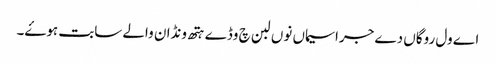
اے ول روگاں دے جراسیماں نوں لبن چ وڈے ہتھ ونڈان والے سابت ہوۓ۔